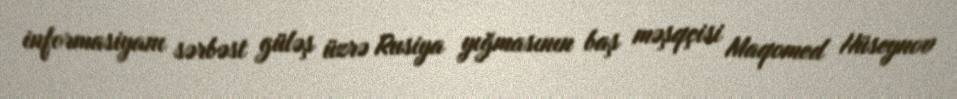
informasiyanı sərbəst güləş üzrə Rusiya yığmasının baş məşqçisi Maqomed Hüseynov